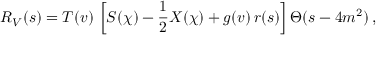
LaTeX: { \cal { R } } _ { V } ( s ) = T ( v ) \, \left[ S ( \chi ) - \frac { 1 } { 2 } X ( \chi ) + g ( v ) \, r ( s ) \right] \Theta ( s - 4 m ^ { 2 } ) \, ,